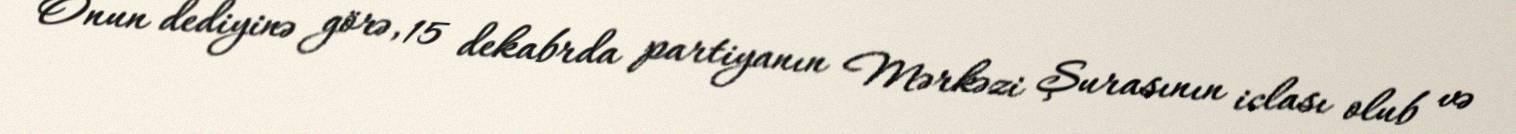
Onun dediyinə görə, 15 dekabrda partiyanın Mərkəzi Şurasının iclası olub və